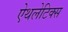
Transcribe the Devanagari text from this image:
ऐथलेटिक्स